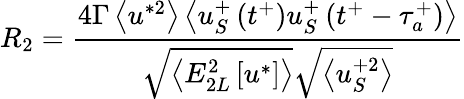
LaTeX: R_{2}=\frac{4\Gamma\left<u^{*2}\right>\left<u_{S}^{+}\left(t^{+}\right)u_{S}^{+}\left(t^{+}-\tau_{a}^{+}\right)\right>}{\sqrt{\left<E_{2L}^{2}\left[u^{*}\right]\right>}\sqrt{\left<u_{S}^{+2}\right>}}